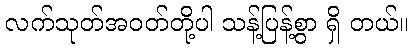
လက်သုတ်အဝတ်တို့ပါ သန့်ပြန့်စွာ ရှိ တယ်။